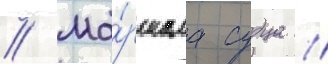
// Ма́ршала судца //